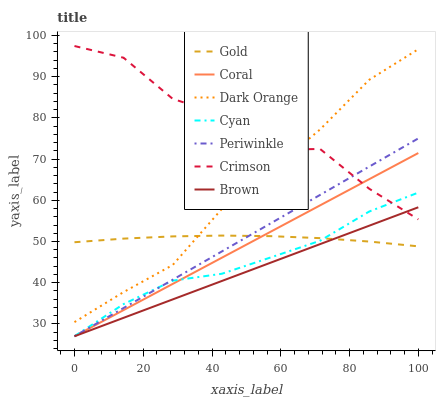
| xaxis_label | Gold | Coral | Dark Orange | Cyan | Periwinkle | Crimson | Brown |
 | --- | --- | --- | --- | --- | --- | --- | --- |
 | 0 | 49.8 | 27 | 30.4 | 27 | 27 | 97.4 | 27 |
 | 14.3 | 50.7 | 33.4 | 37.7 | 34.8 | 33.9 | 94.6 | 31.5 |
 | 28.6 | 51.2 | 39.7 | 44.3 | 40.5 | 40.7 | 84.6 | 35.9 |
 | 42.9 | 51.4 | 46.1 | 57.9 | 42.2 | 47.6 | 80.8 | 40.4 |
 | 57.1 | 51.3 | 52.4 | 67.1 | 46.1 | 54.4 | 72.2 | 44.9 |
 | 71.4 | 50.8 | 58.8 | 77.2 | 50.2 | 61.3 | 72.5 | 49.4 |
 | 85.7 | 50 | 65.1 | 89.2 | 57.3 | 68.2 | 62.8 | 53.8 |
 | 100 | 48.8 | 71.5 | 96.7 | 61.9 | 75 | 55.4 | 58.3 |